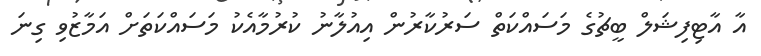
އާ އާޓިފިޝަލް ބީޗުގެ މަސައްކަތް ސަރުކާރުން އިއުލާނު ކުރުމާއެކު މަސައްކަތަށް އަމާޒުވި ގިނަ